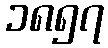
၁၈၅၇